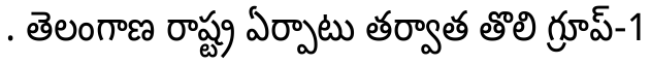
. తెలంగాణ రాష్ట్ర ఏర్పాటు తర్వాత తొలి గ్రూప్-1